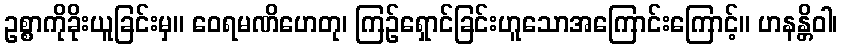
ဥစ္စာကိုခိုးယူခြင်းမှ။ ဝေရမဏိဟေတု၊ ကြဉ်ရှောင်ခြင်းဟူသောအကြောင်းကြောင့်။ ဟနန္တိဝါ၊